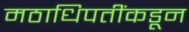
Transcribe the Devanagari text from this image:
मठाधिपतींकडून